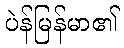
ပဲန်မြန်မာ၏